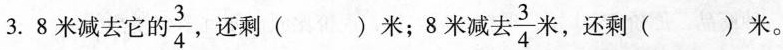
3.8米减去它 的 \frac{3}{4} 还剩()米；8米减； \frac{3}{4} 长，还剩( )米。